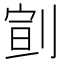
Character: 𠝳